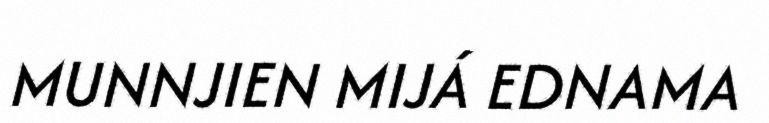
MUNNJIEN MIJÁ EDNAMA